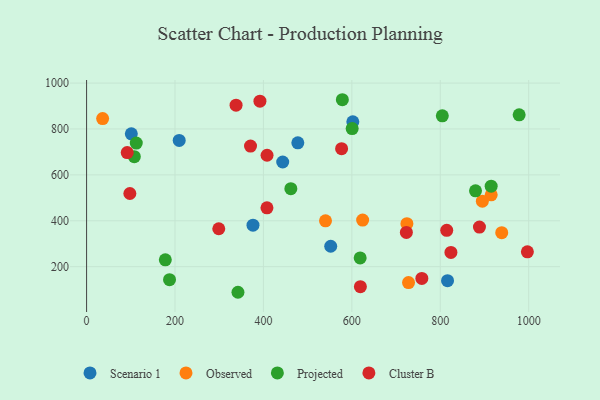
{"axis": {"x": "Speed", "y": "Yield"}, "legend": ["Cluster B", "Observed", "Projected", "Scenario 1"], "data": [{"x": "443.6", "y": 656.1, "type": "Scenario 1"}, {"x": "477.8", "y": 739.5, "type": "Scenario 1"}, {"x": "376.4", "y": 380.7, "type": "Scenario 1"}, {"x": "101.2", "y": 778.9, "type": "Scenario 1"}, {"x": "552.2", "y": 289.0, "type": "Scenario 1"}, {"x": "816.4", "y": 139.1, "type": "Scenario 1"}, {"x": "602.2", "y": 831.3, "type": "Scenario 1"}, {"x": "209.5", "y": 750.0, "type": "Scenario 1"}, {"x": "915.2", "y": 512.9, "type": "Observed"}, {"x": "895.2", "y": 485.5, "type": "Observed"}, {"x": "728.2", "y": 130.5, "type": "Observed"}, {"x": "724.5", "y": 387.3, "type": "Observed"}, {"x": "624.4", "y": 402.9, "type": "Observed"}, {"x": "540.4", "y": 399.8, "type": "Observed"}, {"x": "36.3", "y": 845.4, "type": "Observed"}, {"x": "939.0", "y": 348.3, "type": "Observed"}, {"x": "108.0", "y": 679.5, "type": "Projected"}, {"x": "618.8", "y": 237.9, "type": "Projected"}, {"x": "600.7", "y": 801.7, "type": "Projected"}, {"x": "578.5", "y": 927.5, "type": "Projected"}, {"x": "342.4", "y": 88.4, "type": "Projected"}, {"x": "804.6", "y": 857.5, "type": "Projected"}, {"x": "879.7", "y": 530.4, "type": "Projected"}, {"x": "462.0", "y": 539.7, "type": "Projected"}, {"x": "915.1", "y": 550.8, "type": "Projected"}, {"x": "978.4", "y": 861.7, "type": "Projected"}, {"x": "112.4", "y": 738.4, "type": "Projected"}, {"x": "187.6", "y": 143.3, "type": "Projected"}, {"x": "178.1", "y": 230.0, "type": "Projected"}, {"x": "408.2", "y": 685.6, "type": "Cluster B"}, {"x": "723.3", "y": 349.0, "type": "Cluster B"}, {"x": "370.8", "y": 725.4, "type": "Cluster B"}, {"x": "758.3", "y": 148.8, "type": "Cluster B"}, {"x": "888.6", "y": 372.4, "type": "Cluster B"}, {"x": "408.0", "y": 456.6, "type": "Cluster B"}, {"x": "576.8", "y": 714.1, "type": "Cluster B"}, {"x": "392.1", "y": 921.1, "type": "Cluster B"}, {"x": "997.0", "y": 264.6, "type": "Cluster B"}, {"x": "299.0", "y": 365.2, "type": "Cluster B"}, {"x": "338.1", "y": 903.6, "type": "Cluster B"}, {"x": "814.6", "y": 358.4, "type": "Cluster B"}, {"x": "824.1", "y": 261.9, "type": "Cluster B"}, {"x": "97.9", "y": 518.8, "type": "Cluster B"}, {"x": "91.9", "y": 697.4, "type": "Cluster B"}, {"x": "619.3", "y": 112.6, "type": "Cluster B"}]}